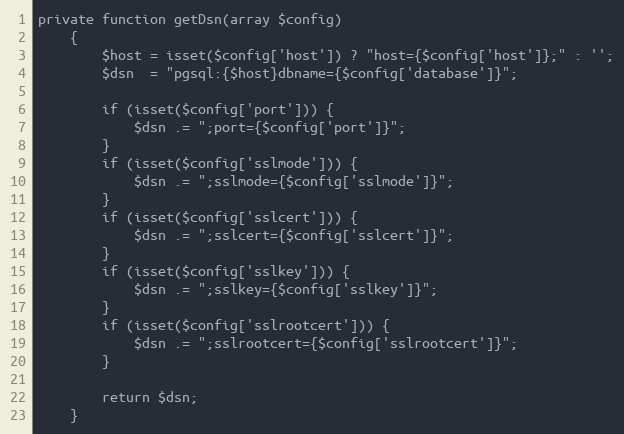
Language: PHP
private function getDsn(array $config)
    {
        $host = isset($config['host']) ? "host={$config['host']};" : '';
        $dsn  = "pgsql:{$host}dbname={$config['database']}";

        if (isset($config['port'])) {
            $dsn .= ";port={$config['port']}";
        }
        if (isset($config['sslmode'])) {
            $dsn .= ";sslmode={$config['sslmode']}";
        }
        if (isset($config['sslcert'])) {
            $dsn .= ";sslcert={$config['sslcert']}";
        }
        if (isset($config['sslkey'])) {
            $dsn .= ";sslkey={$config['sslkey']}";
        }
        if (isset($config['sslrootcert'])) {
            $dsn .= ";sslrootcert={$config['sslrootcert']}";
        }

        return $dsn;
    }